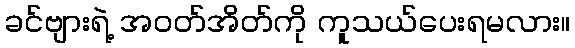
ခင်ဗျားရဲ့ အဝတ်အိတ်ကို ကူသယ်ပေးရမလား။